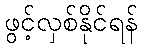
ဖွင့်လှစ်နိုင်ရန်